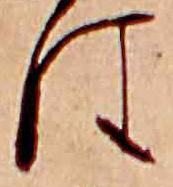
は